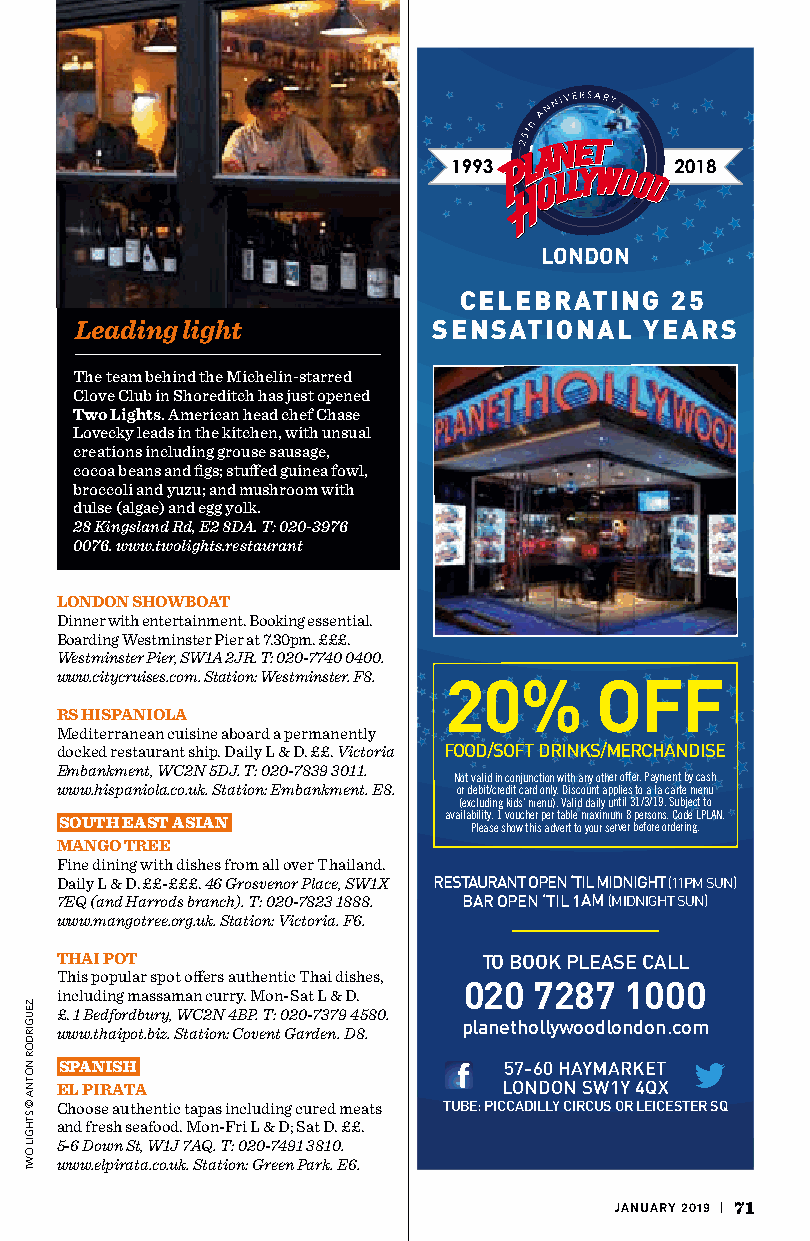
LONDON
 CELEBRATING   25
 Leading light           SENSATIONAL   YEARS
 The team behind the Michelin-starred
 Clove Club in Shoreditch has just opened
 Two Lights. American head chef Chase
 Lovecky leads in the kitchen, with unsual
 creations including grouse sausage,
 cocoa beans and figs; stuffed guinea fowl,
 broccoli and yuzu; and mushroom with
 dulse (algae) and egg yolk.
 28 Kingsland Rd, E2 8DA. T: 020-3976
 0076. www.twolights.restaurant
 LONDON SHOWBOAT
 Dinner with entertainment. Booking essential.
 Boarding Westminster Pier at 7.30pm. £££.
 Westminster Pier, SW1A 2JR. T: 020-7740 0400.
 20%       OFF
 www.citycruises.com. Station: Westminster. F8.
 RS HISPANIOLA
 Mediterranean cuisine aboard a permanently
 docked restaurant ship. Daily L & D. ££. Victoria FOOD/SOFT DRINKS/MERCHANDISE
 Embankment, WC2N 5DJ. T: 020-7839 3011.
 Not valid in conjunction with any other offer. Payment by cash
 www.hispaniola.co.uk. Station: Embankment. E8. or debit/credit card only. Discount applies to a la carte menu
 (excluding kids’ menu). Valid daily until 31/3/19. Subject to
 availability. 1 voucher per table maximum 8 persons. Code LPLAN.
 SOUTH EAST ASIAN           Please show this advert to your server before ordering.
 MANGO TREE
 Fine dining with dishes from all over Thailand.
 Daily L & D. ££-£££. 46 Grosvenor Place, SW1X RESTAURANT OPEN ‘TIL MIDNIGHT (11PM SUN)
 7EQ (and Harrods branch). T: 020-7823 1888. BAR OPEN ‘TIL 1AM (MIDNIGHT SUN)
 www.mangotree.org.uk. Station: Victoria. F6.
 THAI POT                    TO BOOK PLEASE CALL
 This popular spot offers authentic Thai dishes, 020 7287 1000
 including massaman curry. Mon-Sat L & D.
 £. 1 Bedfordbury, WC2N 4BP. T: 020-7379 4580.
 planethollywoodlondon.com
 www.thaipot.biz. Station: Covent Garden. D8.
 SPANISH                      57-60 HAYMARKET
 LONDON SW1Y 4QX
 EL PIRATA
 Choose authentic tapas including cured meats TUBE: PICCADILLY CIRCUS OR LEICESTER SQ
 and fresh seafood. Mon-Fri L & D; Sat D. ££.
 5-6 Down St, W1J 7AQ. T: 020-7491 3810.
 www.elpirata.co.uk. Station: Green Park. E6.
 JANUARY 2019 | 71
 ZEUGIRDOR
 NOTNA
 ©
 STHGIL
 OWT